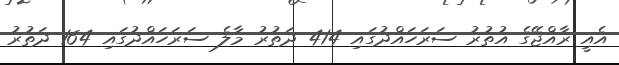
އެއީ ރާއްޖޭގެ އުތުރު ސަރަހައްދުގައި 414 ދަތުރު މާލެ ސަރަހައްދުގައި 164 ދަތުރު